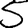
Digit: 5